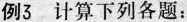
例3 计算下列各题：